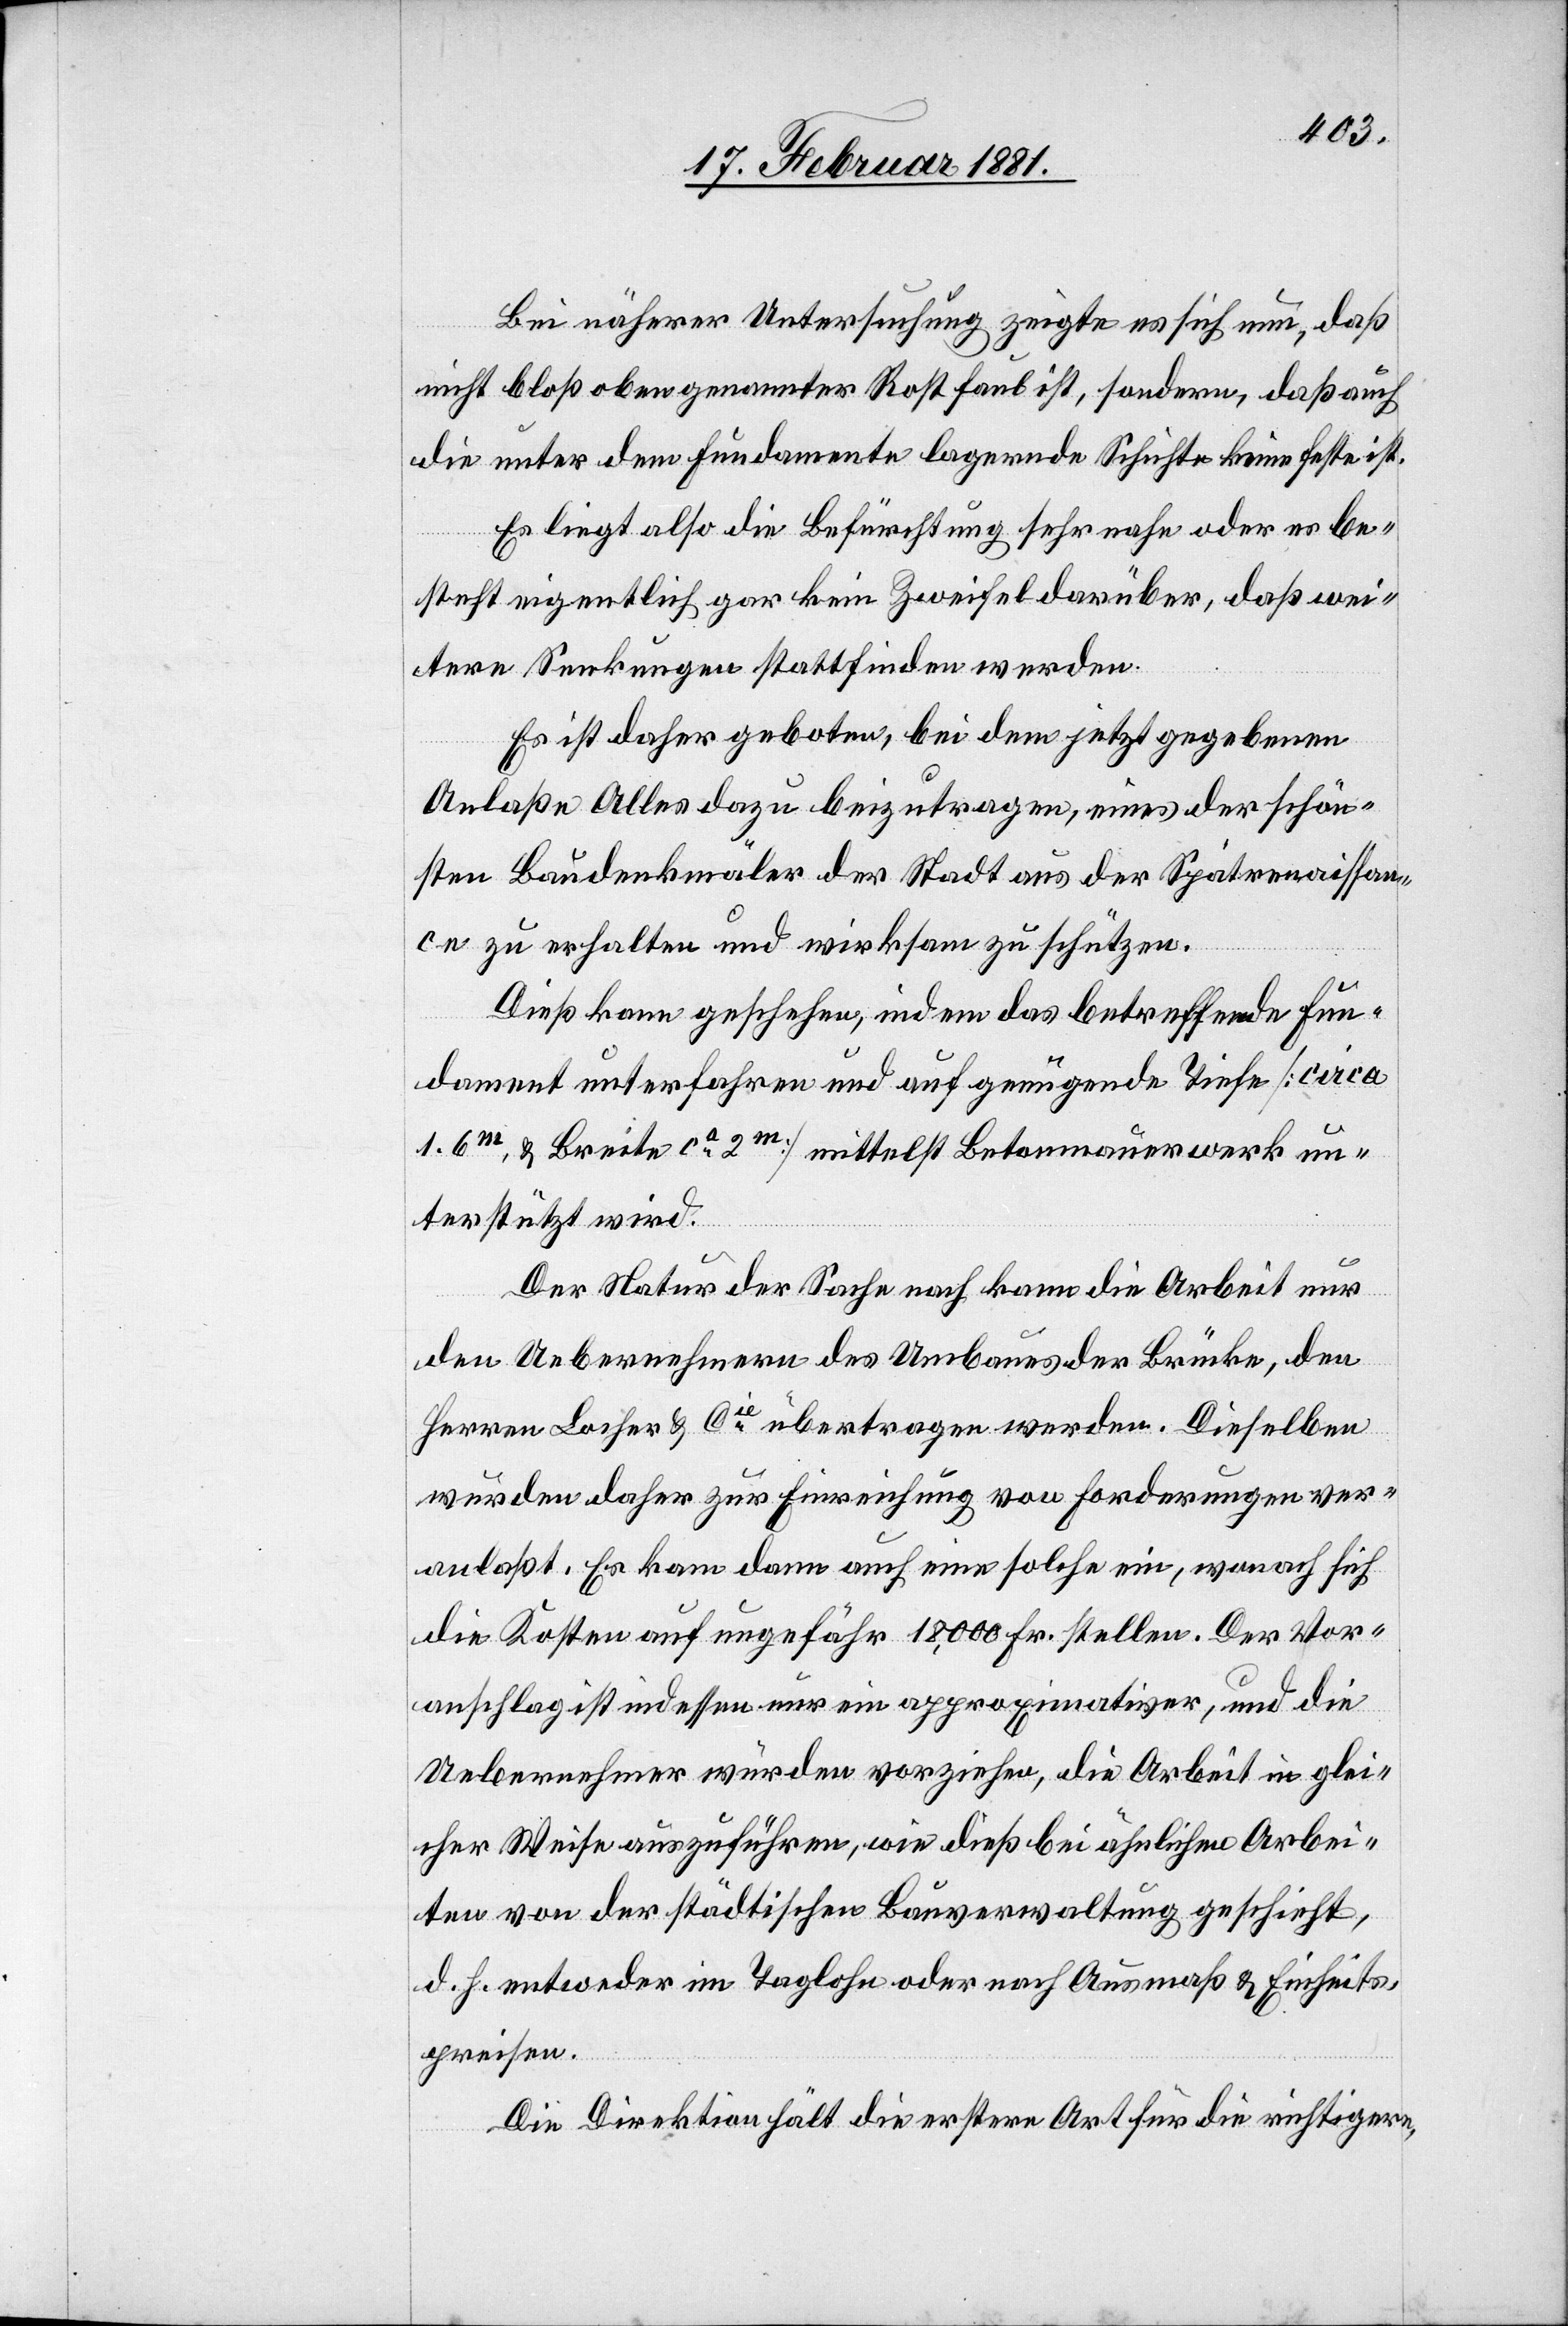
Bei näherer Untersuchung zeigte es sich nun, daß
nicht bloß obern genannter Rost faul ist, sondern, daß auch
die unter dem Fundamente lagernde Schichte keine feste ist.
Es liegt also die Befürchtung sehr nahe oder es be¬
steht eigentliche gar kein Zweifel darüber, daß wei¬
tere Senkungen stattfinden werden.
Es ist daher geboten, bei dem jetzt gegebenen
Anlaße Alles dazu beizutragen, eines der schön¬
sten Baudenkmäler der Stadt aus der Spätrenaissan¬
ce zu erhalten und wirksam zu schützen.
Dieß kann geschehen, indem das betreffende Fun¬
dament unterfahren und auf genügende Tiefe [circa
1.6m, & Breite ca 2m] mittelst Betonmauerwerk un¬
terstützt wird.
Der Natur der Sache nach kann die Arbeit nur
den Uebernehmern des Umbaues der Brücke, den
Herren Locher & Cie übertragen werden. Dieselben
wurden daher zur Einreichung von Forderungen ver¬
anlaßt. Es kam dann eine solche ein, wonach sich
die Kosten auf ungefähr 18,000 Fr. stellen. Der Vor¬
anschlag ist indessen nur ein approximativer, und die
Uebernehmer würden vorziehen, die Arbeit in glei¬
cher Weise auszuführen, wie dieß bei ähnlichen Arbei¬
ten von der städtischen Bauverwaltung geschieht,
d. h. entweder im Taglohn oder nach Ausmaß & Einheits¬
preisen.
Die Direktion hält die erstere Art für die richtigere,